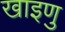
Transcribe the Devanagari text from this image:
खाइणु